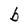
Character: b